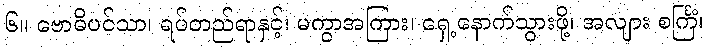
၆။ ဗောဓိပင်သာ၊ ရပ်တည်ရာနှင့်၊ မကွာအကြား၊ ရှေ့နောက်သွားဖို့၊ အလျား စင်္ကြံ၊